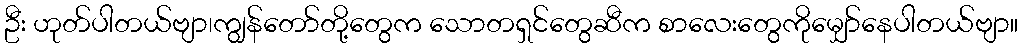
ဦး ဟုတ်ပါတယ်ဗျာ၊ကျွန်တော်တို့တွေက သောတရှင်တွေဆီက စာလေးတွေကိုမျှော်နေပါတယ်ဗျာ။